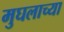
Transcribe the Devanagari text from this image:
मुघलाच्या